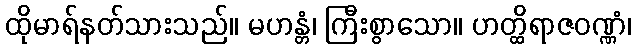
ထိုမာရ်နတ်သားသည်။ မဟန္တံ၊ ကြီးစွာသော။ ဟတ္ထိရာဇဝဏ္ဏံ၊